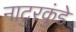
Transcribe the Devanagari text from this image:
नाटुरकुंडे